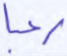
رعبا